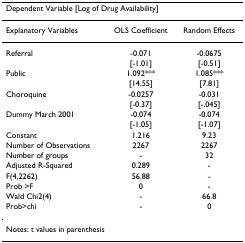
<table><thead><tr><td colspan="3"><b>Dependent Variable [Log of Drug Availability]</b></td></tr></thead><tbody><tr><td>Explanatory Variables</td><td>OLS Coefficient</td><td>Random Effects</td></tr><tr><td>Referral</td><td>-0.071</td><td>-0.0675</td></tr><tr><td></td><td>[-1.01]</td><td>[-0.51]</td></tr><tr><td>Public</td><td>1.092***</td><td>1.085***</td></tr><tr><td></td><td>[14.55]</td><td>[7.81]</td></tr><tr><td>Choroquine</td><td>-0.0257</td><td>-0.031</td></tr><tr><td></td><td>[-0.37]</td><td>[-.045]</td></tr><tr><td>Dummy March 2001</td><td>-0.074</td><td>-0.074</td></tr><tr><td></td><td>[-1.05]</td><td>[-1.07]</td></tr><tr><td>Constant</td><td>1.216</td><td>9.23</td></tr><tr><td>Number of Observations</td><td>2267</td><td>2267</td></tr><tr><td>Number of groups</td><td>-</td><td>32</td></tr><tr><td>Adjusted R-Squared</td><td>0.289</td><td>-</td></tr><tr><td>F(4,2262)</td><td>56.88</td><td>-</td></tr><tr><td>Prob &gt;F</td><td>0</td><td>-</td></tr><tr><td>Wald Chi2(4)</td><td>-</td><td>66.8</td></tr><tr><td>Prob&gt;chi</td><td>-</td><td>0</td></tr><tr><td colspan="3">Notes: t values in parenthesis</td></tr></tbody></table>